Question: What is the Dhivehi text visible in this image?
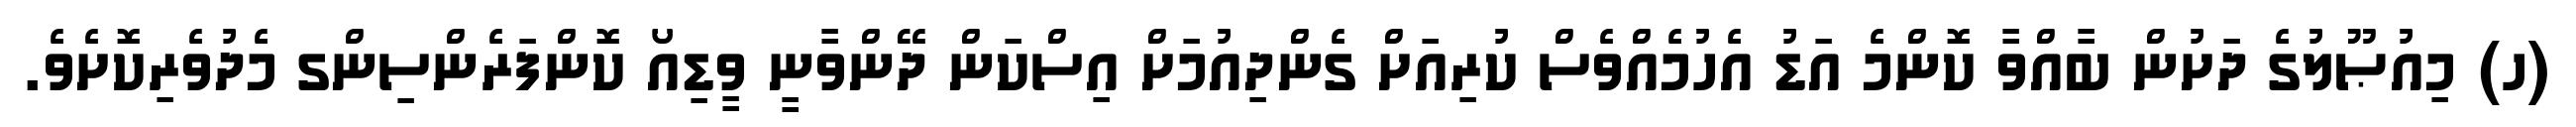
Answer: (ހ) މިއުޞޫލުގެ ދަށުން ބާއްވާ ކޮންމެ އަޑު އެހުމެއްވެސް ކުރިއަށް ގެންދިއުމަށް އިސްކަން ދޭންވާނީ ވީޑިއޯ ކޮންފަރެންސިންގ މެދުވެރިކޮށެވެ.